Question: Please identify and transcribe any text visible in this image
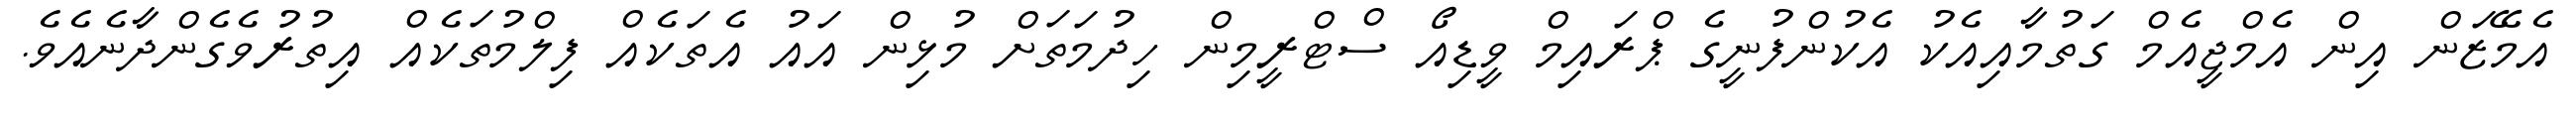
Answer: އެމޭޒަން އިން އެމްޖީއެމް ގަތުމާއިއެކު އެކުންފުނީގެ ޕްރައިމް ވީޑިއޯ ސްޓްރީމިން ހިދުމަތަށް މުޅިން އައު އެތަކެއް ފިލްމުތަކެއް އިތުރުވެގެންދާނެއެވެ.